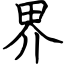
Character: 界